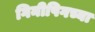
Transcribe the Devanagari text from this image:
गिनीपिगच्या